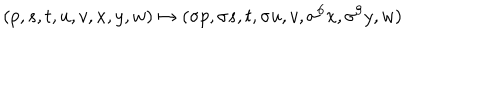
LaTeX: ( p , s , t , u , v , x , y , w ) \mapsto ( \sigma p , \sigma s , t , \sigma u , v , \sigma ^ { 6 } x , \sigma ^ { 9 } y , w )